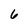
Character: 6